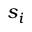
s _ { i }